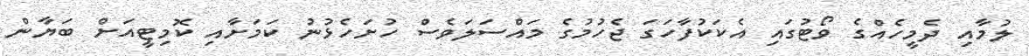
ލުމާއި ދެމީހެއްގެ ވޯޓުގައި އެކަކުފާހަގަ ޖެހުމުގެ މައްސަލަވެސް ހުށަހެޅުނު ކަމަށާއި ކޮމިޓީއަށް ބަޔާން